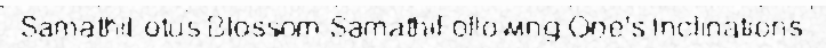
SamathiLotus Blossom SamathiFollowing One's Inclinations